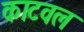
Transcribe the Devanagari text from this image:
काटवल